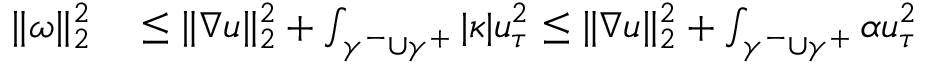
\begin{array} { r l } { \| \omega \| _ { 2 } ^ { 2 } } & { { } \leq \| \nabla u \| _ { 2 } ^ { 2 } + \int _ { \gamma ^ { - } \cup \gamma ^ { + } } | \kappa | u _ { \tau } ^ { 2 } \leq \| \nabla u \| _ { 2 } ^ { 2 } + \int _ { \gamma ^ { - } \cup \gamma ^ { + } } \alpha u _ { \tau } ^ { 2 } } \end{array}